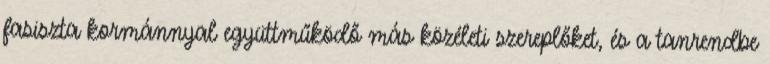
fasiszta kormánnyal együttműködő más közéleti szereplőket, és a tanrendbe